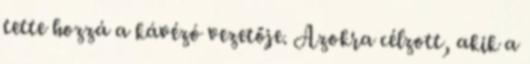
tette hozzá a kávézó vezetője. Azokra célzott, akik a